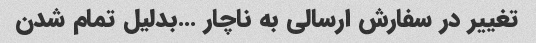
تغییر در سفارش ارسالی به ناچار …بدلیل تمام شدن